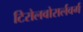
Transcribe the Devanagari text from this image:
टिरोलवोरार्लवर्ग